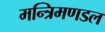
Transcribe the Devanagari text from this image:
मन्त्रिमणडल